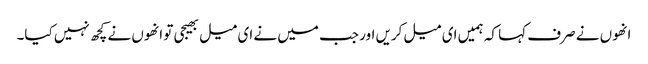
انھوں نے صرف کہا کہ ہمیں ای میل کریں اور جب میں نے ای میل بھیجی تو انھوں نے کچھ نہیں کیا۔